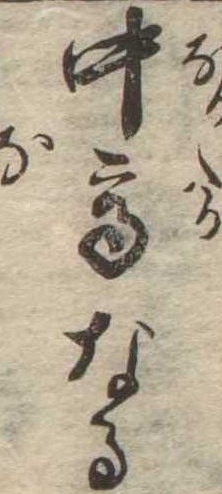
中高なる